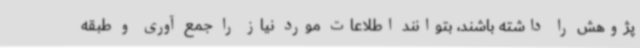
پژوهش را داشته باشند، بتوانند اطلاعات مورد نیاز را جمع آوری و طبقه